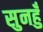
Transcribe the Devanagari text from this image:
सुनहुँ